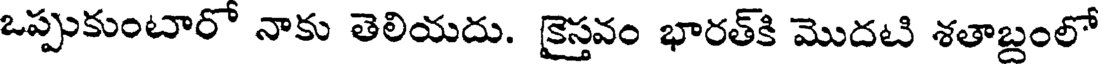
ఒప్పుకుంటారో నాకు తెలియదు. కైస్తవం భారత్కి మొదటి శతాబ్దంలో